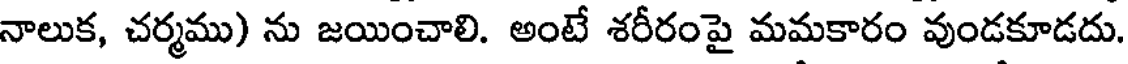
నాలుక, చర్మము) ను జయించాలి. అంటే శరీరంపై మమకారం వుండకూడదు